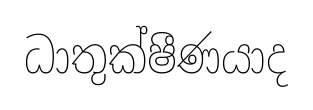
ධාතුක්ෂීණයාද